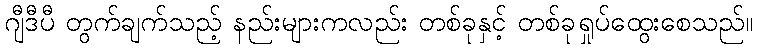
ဂျီဒီပီ တွက်ချက်သည့် နည်းများကလည်း တစ်ခုနှင့် တစ်ခုရှုပ်ထွေးစေသည်။